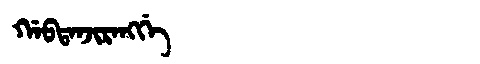
Manchu: ᡤᠠᠪᡨᠠᠨᠵᡳᡵᠠᠩᡤᡝ
Romanization: GABTANJIRANGGE